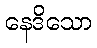
နေဒိသော